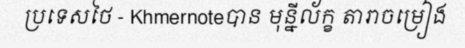
ប្រទេសថៃ - Khmernoteបាន មុន្នីល័ក្ខ តារាចម្រៀង